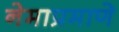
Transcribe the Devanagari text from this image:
नेमाप्रमाणे